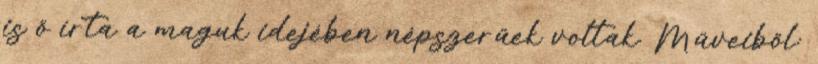
is ő írta a maguk idejében népszerűek voltak. Műveiből: